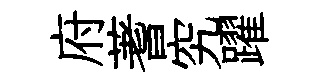
府蓍究躍